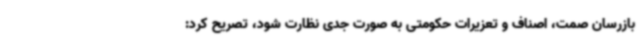
بازرسان صمت، اصناف و تعزیرات حکومتی به صورت جدی نظارت شود، تصریح کرد: